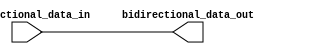
module io_buffer_gate (
    input wire bidirectional_data_in,
    output reg bidirectional_data_out
);

always @ (bidirectional_data_in)
begin
    bidirectional_data_out <= bidirectional_data_in;
end

endmodule